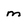
Character: m